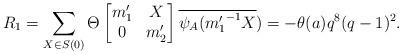
LaTeX: \begin{align*} R_1=\sum_{X \in S(0)}\Theta \begin{bmatrix} m_1' & X\\ 0 & m_2' \end{bmatrix} \overline{\psi_A({m_1'}^{-1}X})=-\theta(a)q^8(q-1)^2. \end{align*}